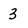
Character: 3